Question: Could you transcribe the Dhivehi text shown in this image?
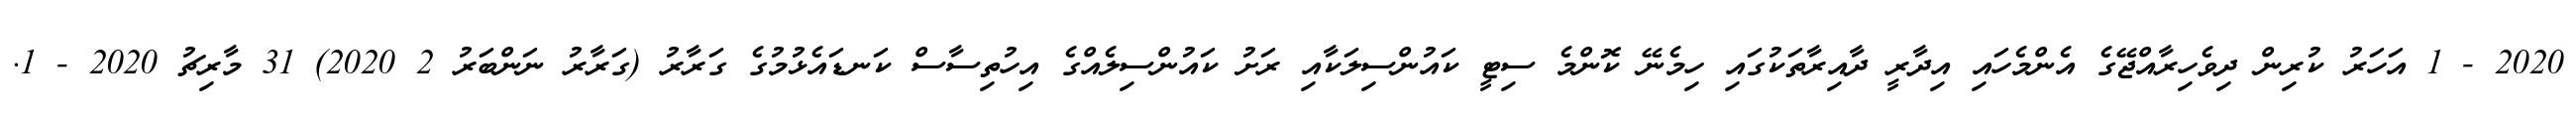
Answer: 2020 - 1 އަހަރު ކުރިން ދިވެހިރާއްޖޭގެ އެންމެހައި އިދާރީ ދާއިރާތަކުގައި ހިމެނޭ ކޮންމެ ސިޓީ ކައުންސިލަކާއި ރަށު ކައުންސިލެއްގެ އިހުތިސާސް ކަނޑައެޅުމުގެ ގަރާރު (ގަރާރު ނަންބަރު 2 2020) 31 މާރިޗު 2020 - 1.